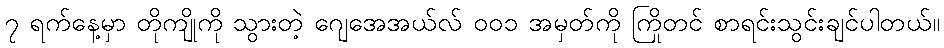
၇ ရက်နေ့မှာ တိုကျိုကို သွားတဲ့ ဂျေအေအယ်လ် ၀၀၁ အမှတ်ကို ကြိုတင် စာရင်းသွင်းချင်ပါတယ်။